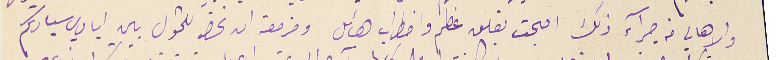
والاهالي من جرآء ذلك اصبحت بقلق عظيم واضطراب هائل ومزمعة ان تحضر للتحول بين ايادي سيادتكم